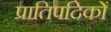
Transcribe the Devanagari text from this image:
प्रातिपदिकों